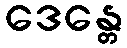
ဒေန္တေ